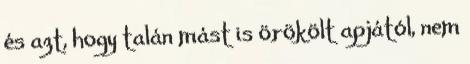
és azt, hogy talán mást is örökölt apjától, nem